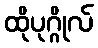
ထိုပုဂ္ဂိုလ်